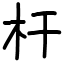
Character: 杆